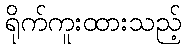
ရိုက်ကူးထားသည့်